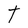
Character: t